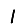
Digit: 1